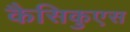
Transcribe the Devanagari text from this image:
कैसिकुएस